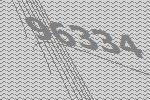
96334